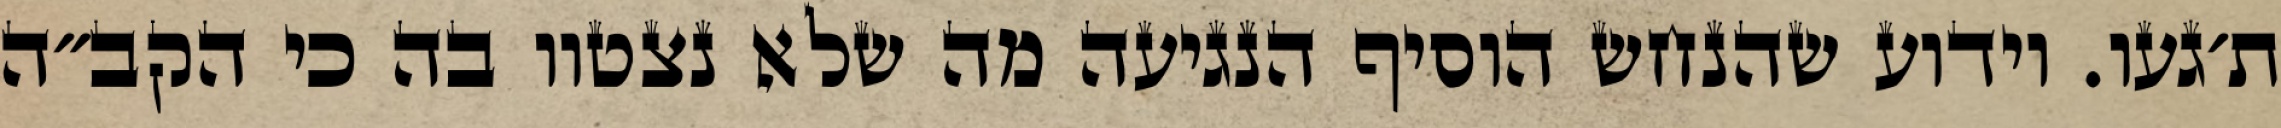
ת׳געו. וידוע שהנחש הוסיף הנגיעה מה שלא נצטוו בה כי הקב״ה